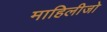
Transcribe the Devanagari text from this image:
माहिलीजो